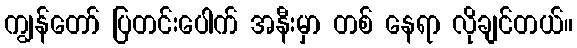
ကျွန်တော် ပြတင်းပေါက် အနီးမှာ တစ် နေရာ လိုချင်တယ်။